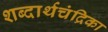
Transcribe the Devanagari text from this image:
शब्दार्थचंद्रिका